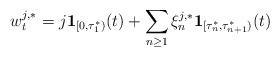
LaTeX: \begin{align*}w^{j,*}_t=j\mathbf{1}_{[0,\tau^*_1)}(t) +\sum_{n\ge 1}\xi^{j,*}_n\mathbf{1}_{[\tau^*_{n},\tau^*_{n+1})}(t)\end{align*}